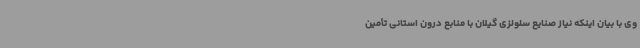
وی با بیان اینکه نیاز صنایع سلولزی گیلان با منابع درون استانی تأمین